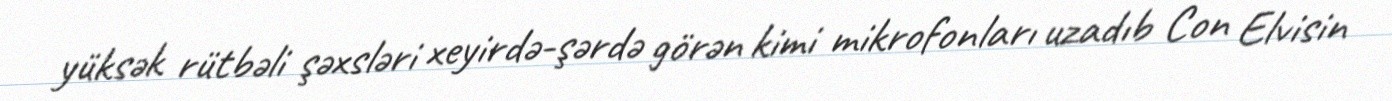
yüksək rütbəli şəxsləri xeyirdə-şərdə görən kimi mikrofonları uzadıb Con Elvisin